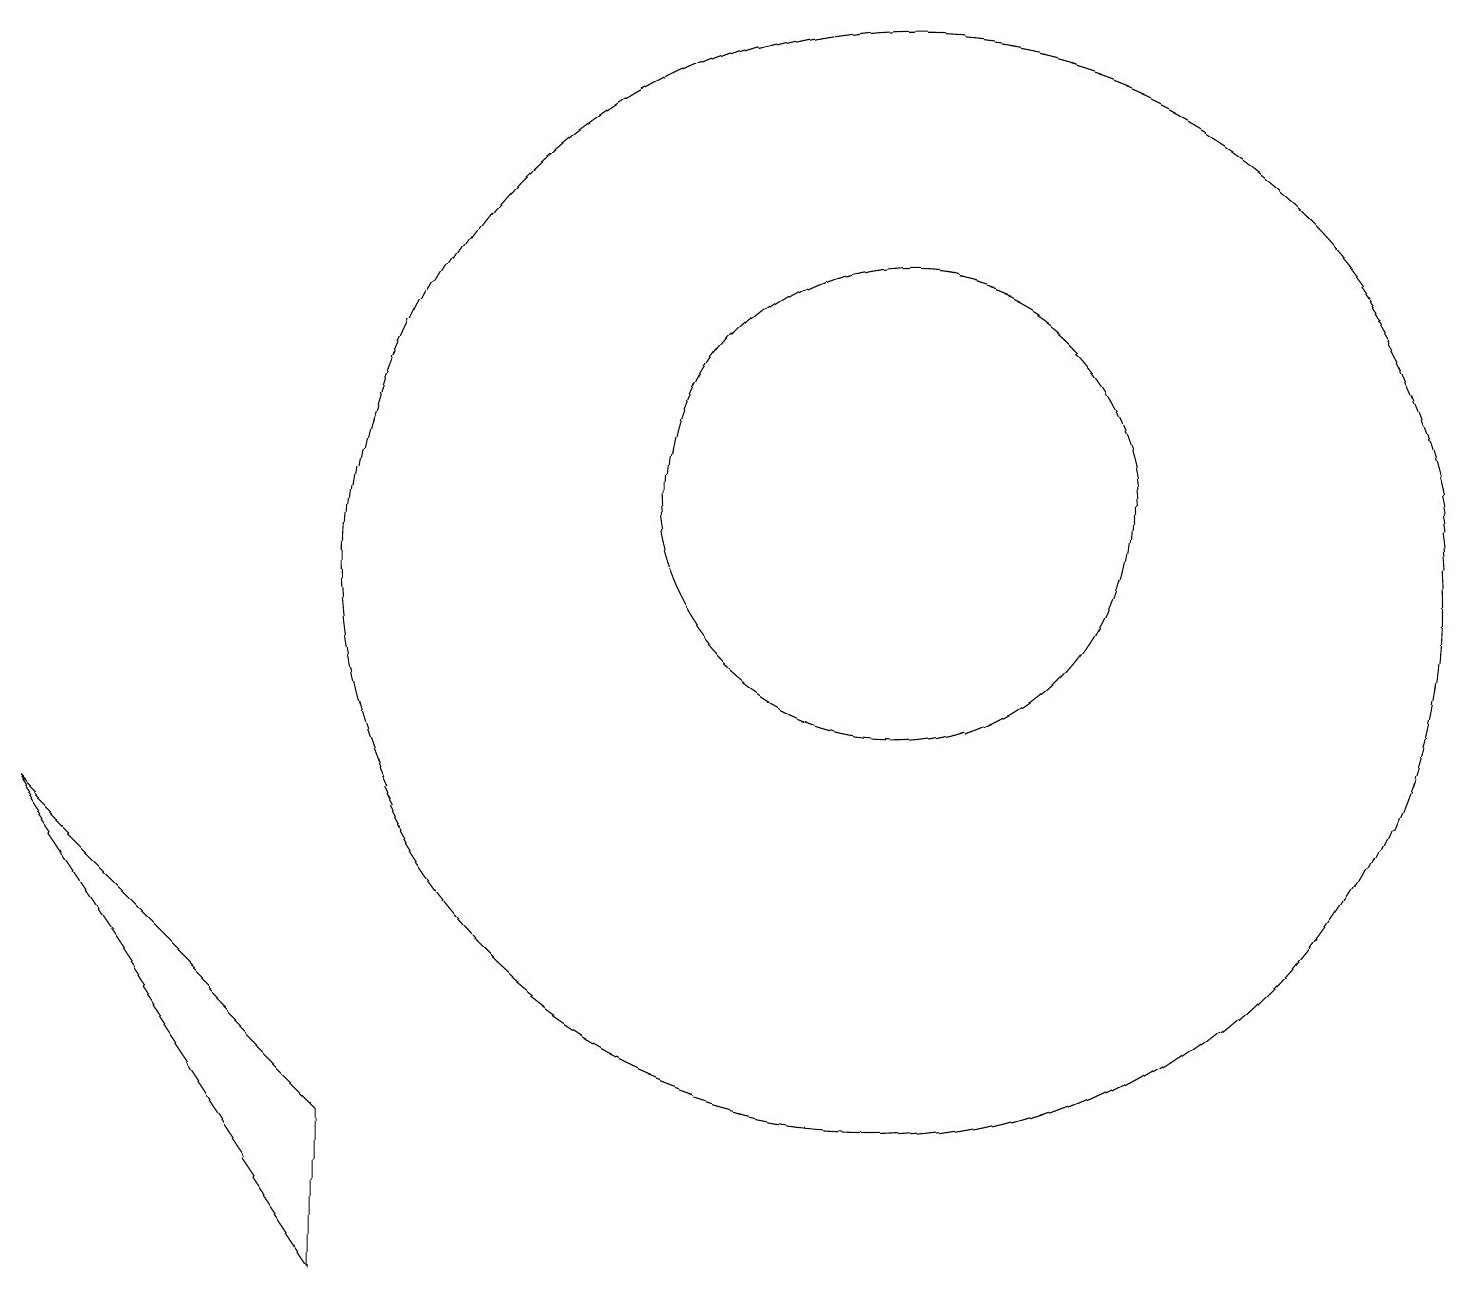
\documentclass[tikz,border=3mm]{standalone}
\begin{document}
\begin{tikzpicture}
\draw (11,11) circle (7);
\draw (11,12) circle (3);
\draw (4,4) -- (4,2) -- (0,8) -- cycle;
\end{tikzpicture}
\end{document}